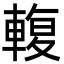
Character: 輹